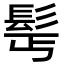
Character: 𩬆